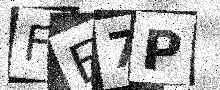
Text: FE7P